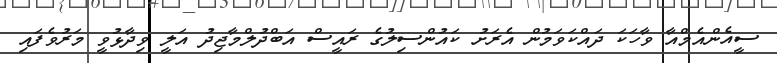
ސީއެންއެމްއާ ވާހަކަ ދައްކަވަމުން އެރަށު ކައުންސިލުގެ ރައީސް އަބްދުލްމާޖިދު އަލީ ވިދާޅުވީ މަރުވެފައި